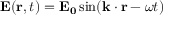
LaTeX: \mathbf { E } ( \mathbf { r } , t ) = \mathbf { E _ { 0 } } \sin ( \mathbf { k } \cdot \mathbf { r } - \omega t )